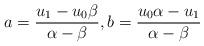
LaTeX: \begin{align*} a=\frac{u_1-u_0\beta}{\alpha-\beta},b=\frac{u_0\alpha-u_1}{\alpha-\beta}\end{align*}